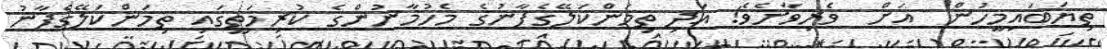
ތިޔަބައިމީހުން  އަށް  ވެރިވާށެވެ! އަދި ތިމަންކަލޭގެފާނުގެ މެހުމާނުންގެ ކުރިމަތީގައި ތިމަންކަލޭގެފާނު